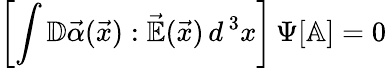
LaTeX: \left[\int\mathbb{D}\vec{\alpha}(\vec{x}):\vec{\mathbb{E}}(\vec{x})\, d^{\, 3}x\right]\, \Psi[\mathbb{A}]=0